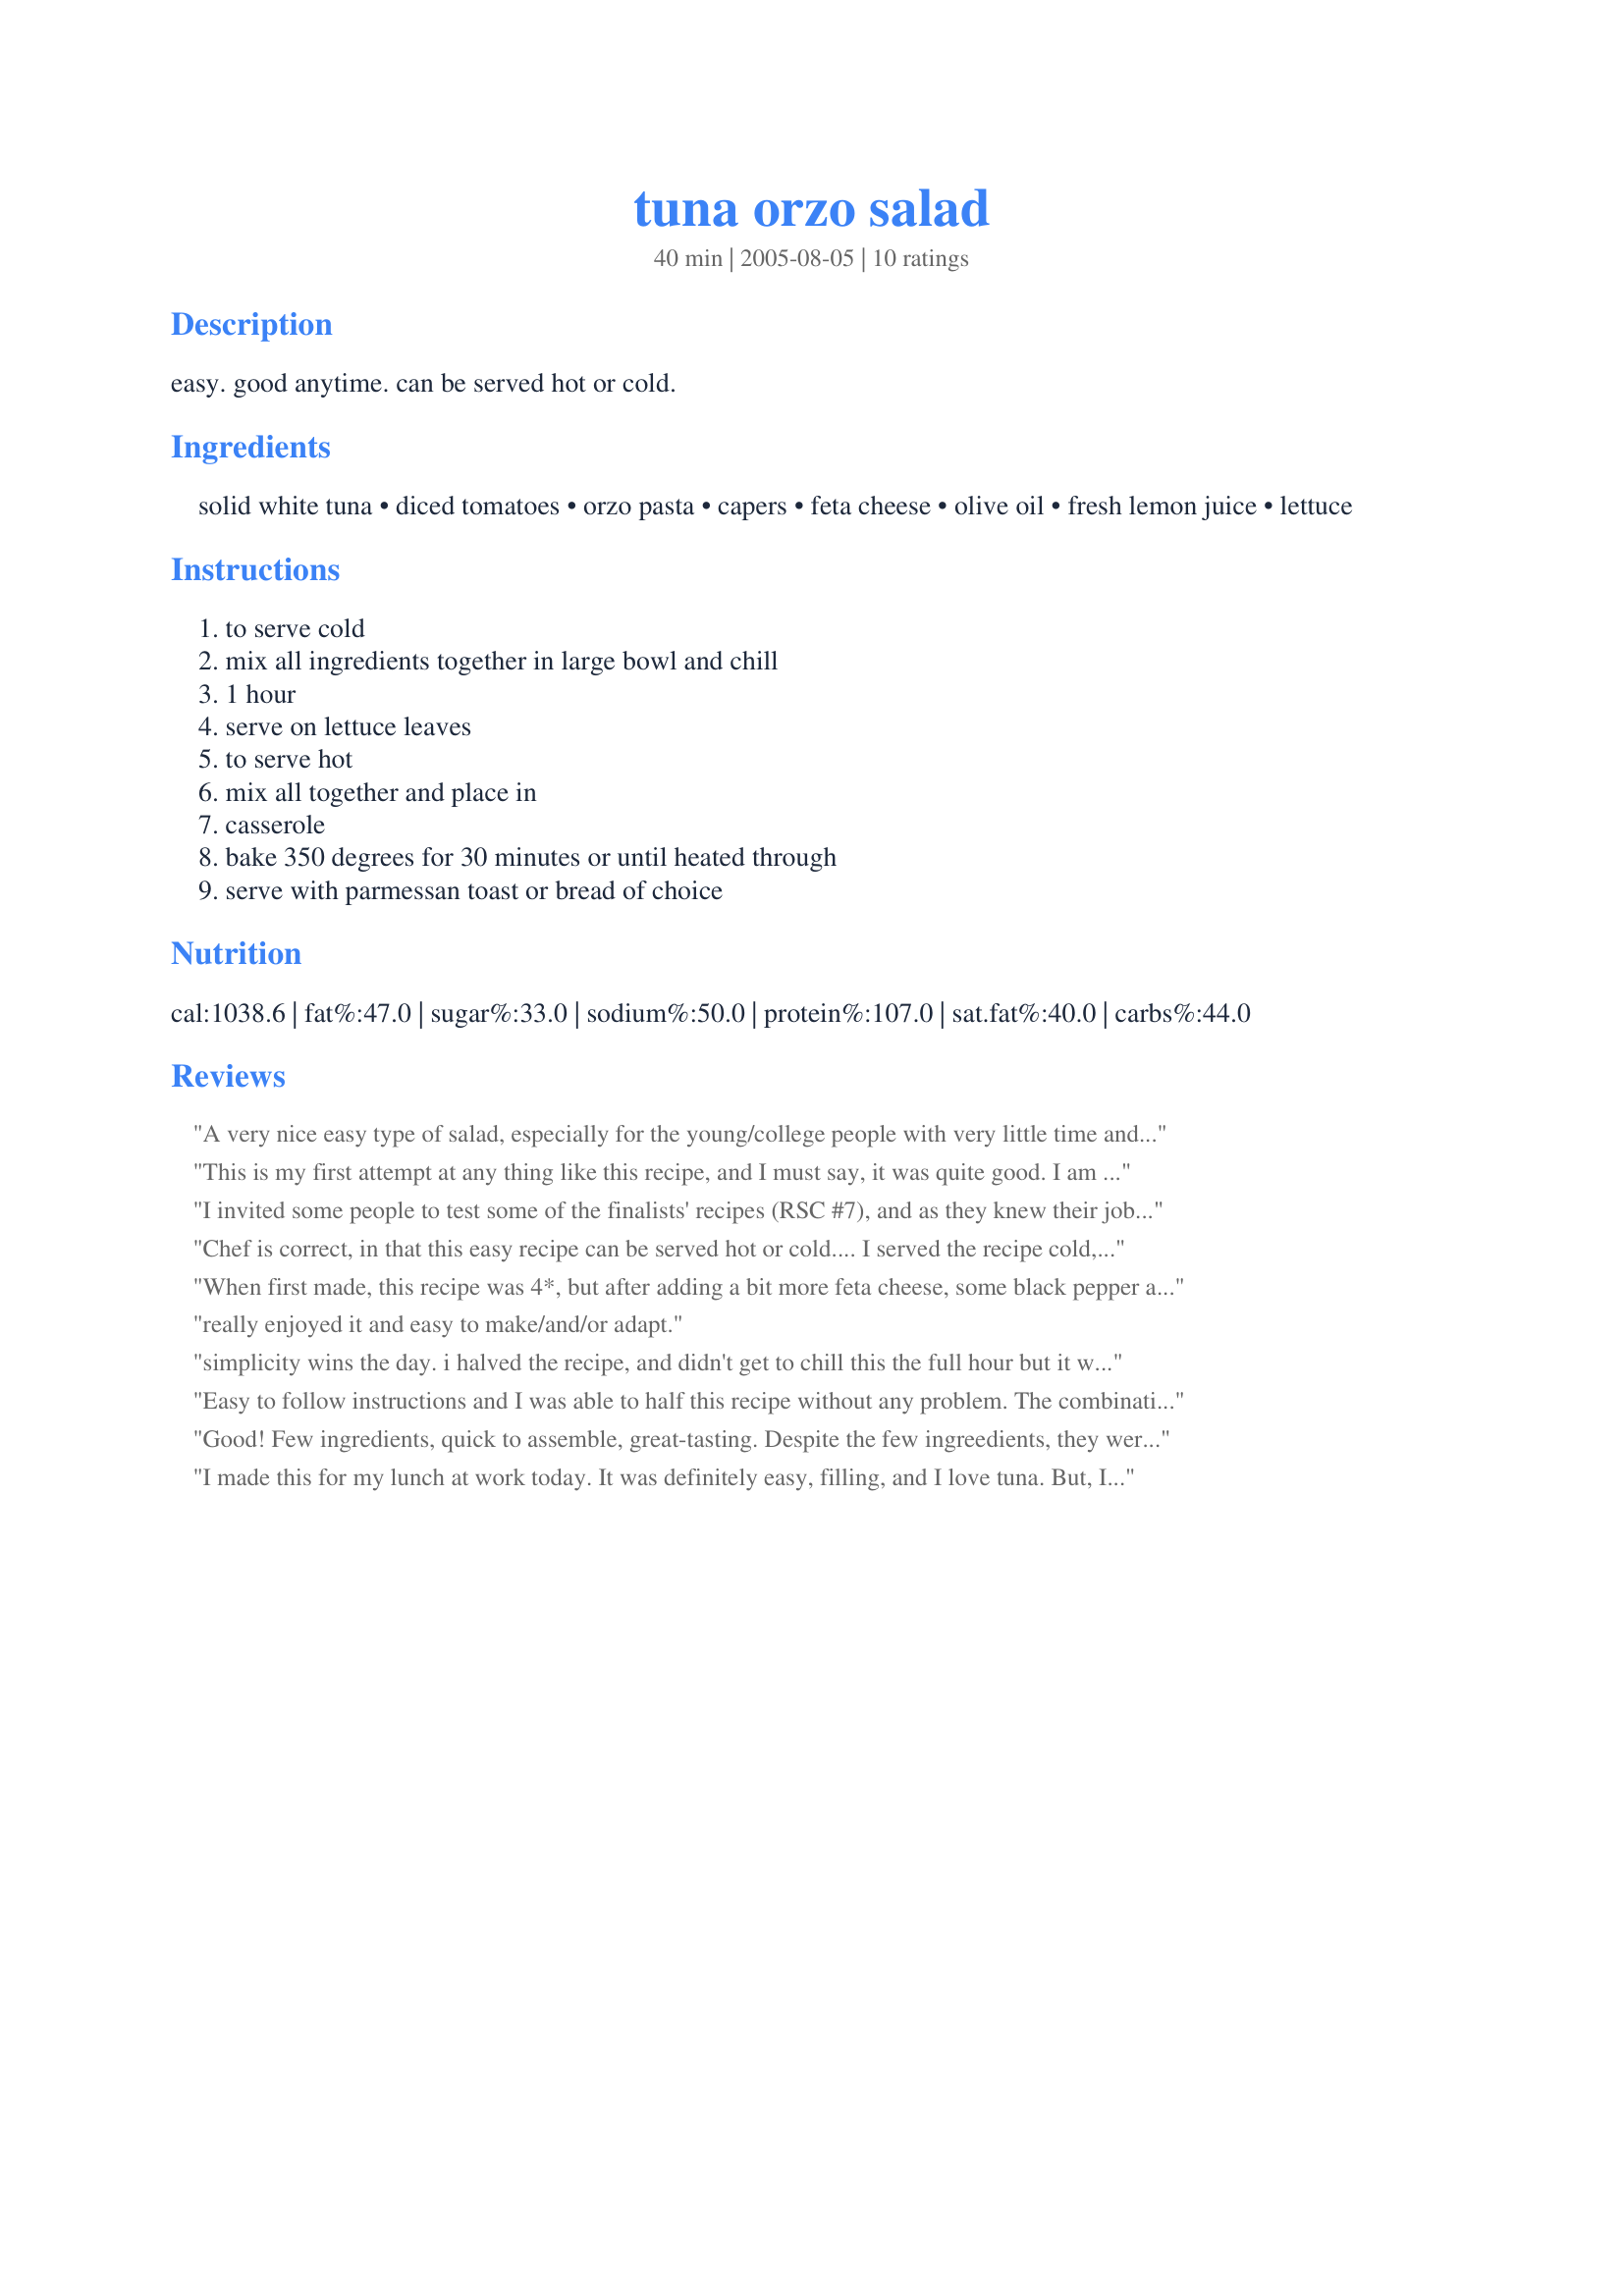
tuna orzo salad
Preparation time: 40 minutes

easy. good anytime. can be served hot or cold.

Ingredients:
solid white tuna, diced tomatoes, orzo pasta, capers, feta cheese, olive oil, fresh lemon juice, lettuce

Steps:
to serve cold, mix all ingredients together in large bowl and chill, 1 hour, serve on lettuce leaves, to serve hot, mix all together and place in, casserole, bake 350 degrees for 30 minutes or until heated through, serve with parmessan toast or bread of choice

Reviews:
A very nice easy type of salad, especially for the young/college people with very little time and who will need practical and nutritious meals.
This is my first attempt at any thing like this recipe, and I must say, it was quite good. I am still trying to develop a taste for capers, so I did go light on them, but I am getting there. Great recipe.
I invited some people to test some of the finalists' recipes (RSC #7), and as they knew their job was to judge the dishes they were quite critical. I liked the idea to serve this salad warm. However, as this is a contest recipe, I followed it exactly and my team thought there were ingredients missing. The combination of orzo pasta, tuna, tomatoes, capers and feta worked well, but we felt that the dish needs pepper and some fresh herbs as well.
Chef is correct, in that this easy recipe can be served hot or cold.... I served the recipe cold, using fresh tomatoes. Chef, you have successfully combined a minimum number of ingredients, to achieve the maximum flavour. Simplicity is the key ingredient. Thanks very much. 
Chef, you might want to set up your instruction details differently. As it is, No. 1 runs into No. 2 and No. 3 runs into No. 4. Minor detail, but important for purposes of contest entry.
When first made, this recipe was 4*, but after adding a bit more feta cheese, some black pepper and dried basil, it became a 5*. I always rate by the finished product, whether I changed anything or not. For the tomatoes I used 1 pint fresh grape tomatoes. Thanks for a tasty lunch and good luck with the contest!
really enjoyed it and easy to make/and/or adapt.
simplicity wins the day. i halved the recipe, and didn't get to chill this the full hour but it was still great. beautiful flavors, i am sure it will be just as delicious served hot too.
Easy to follow instructions and I was able to half this recipe without any problem.
The combination of the feta, capers and lemon juice worked great with the tuna and orzo. I also added a little minced, Jalapeno. I will be making this a lot this summer. I served it on a bed of Boston lettuce. You have a winning recipe here and thank you for sharing it.

Good! Few ingredients, quick to assemble, great-tasting. Despite the few ingreedients, they were all in perfect proportion and you get a great, Mediterranean-tasting salad (we had it cold). The whole family enjoyed this and it was the perfect recipe to make in the midst of a heatwave.
I made this for my lunch at work today. It was definitely easy, filling, and I love tuna. But, I just wasn't very excited about the lack of flavor in this. The feta added a nice bit of bite to it, but it was really lacking in seasoning. It definitely needed salt, some pepper, and maybe something else to add some zing to it. Im not sure I would use the lemon next time either... The capers added a nice touch, but overall I just felt it was lacking in flavor. Maybe if I were to serve it hot instead of cold, it may have been better. I will try it again serving it hot to see if I feel different about it.
This is a very easy recipe, with originality. Maybe I'll add some herbs salt and pepper next time for a bit of "umpfh". This is definitely a recipe I could work with... thanks for this one. I will try it out again soon and alter to suit our tastes. Thank you :)
